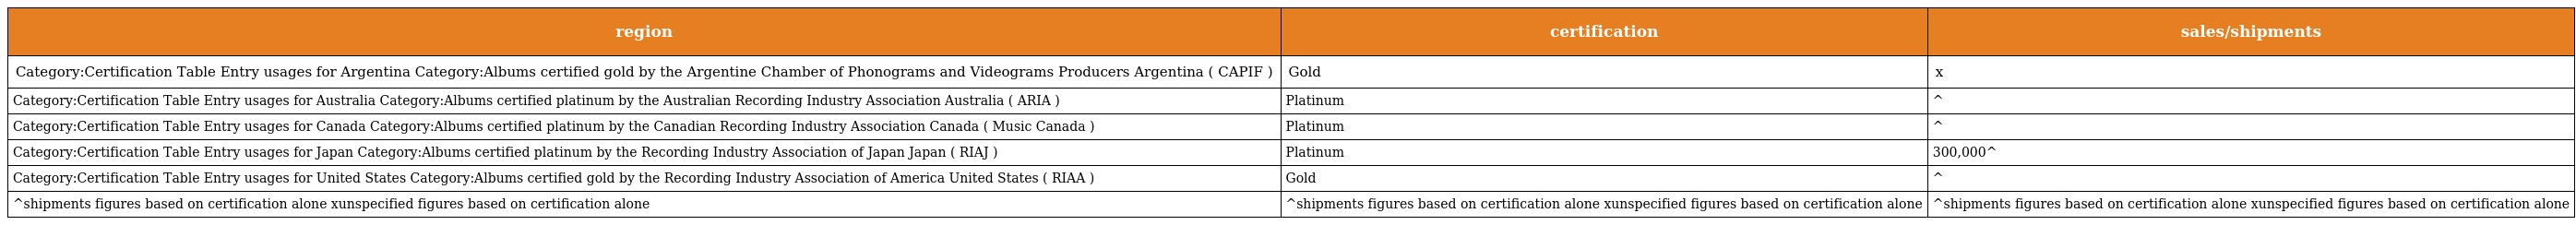
| region | certification | sales/shipments |
 | --- | --- | --- |
 | Category:Certification Table Entry usages for Argentina Category:Albums certified gold by the Argentine Chamber of Phonograms and Videograms Producers Argentina ( CAPIF ) | Gold | x |
 | Category:Certification Table Entry usages for Australia Category:Albums certified platinum by the Australian Recording Industry Association Australia ( ARIA ) | Platinum | ^ |
 | Category:Certification Table Entry usages for Canada Category:Albums certified platinum by the Canadian Recording Industry Association Canada ( Music Canada ) | Platinum | ^ |
 | Category:Certification Table Entry usages for Japan Category:Albums certified platinum by the Recording Industry Association of Japan Japan ( RIAJ ) | Platinum | 300,000^ |
 | Category:Certification Table Entry usages for United States Category:Albums certified gold by the Recording Industry Association of America United States ( RIAA ) | Gold | ^ |
 | ^shipments figures based on certification alone xunspecified figures based on certification alone | ^shipments figures based on certification alone xunspecified figures based on certification alone | ^shipments figures based on certification alone xunspecified figures based on certification alone |